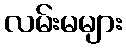
လမ်းမများ